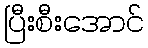
ပြီးစီးအောင်